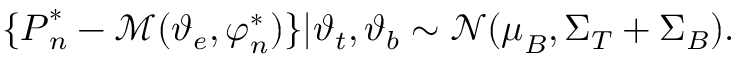
\{ \boldsymbol { P } _ { n } ^ { * } - \mathcal { M } ( \boldsymbol { \vartheta } _ { e } , \boldsymbol { \varphi } _ { n } ^ { * } ) \} | \boldsymbol { \vartheta } _ { t } , \boldsymbol { \vartheta } _ { b } \sim \mathcal { N } ( \boldsymbol \mu _ { B } , \boldsymbol \Sigma _ { T } + \boldsymbol \Sigma _ { B } ) .